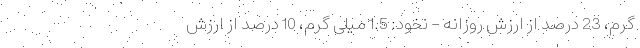
گرم، 23 درصد از ارزش روزانه - نخود: 1.5 میلی گرم، 10 درصد از ارزش